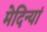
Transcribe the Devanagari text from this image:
मेदिन्यां